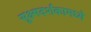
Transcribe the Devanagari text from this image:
सूक्ष्मदर्शकामध्ये